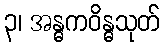
၃၊ အန္ဓကဝိန္ဓသုတ်